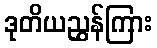
ဒုတိယညွှန်ကြား